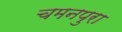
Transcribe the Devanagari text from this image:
चमनपुरा